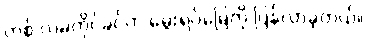
တစ် လမတိုင်ခင်က မွေးရပ်မြေကို ပြန်လာခဲ့တယ်။